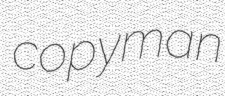
copyman